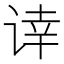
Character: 𰵰